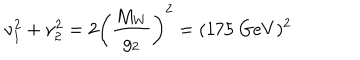
\nu _ { 1 } ^ { 2 } + \nu _ { 2 } ^ { 2 } = 2 \left( \frac { M _ { W } } { g _ { 2 } } \right) ^ { 2 } = ( 1 7 5 \ G e V ) ^ { 2 }